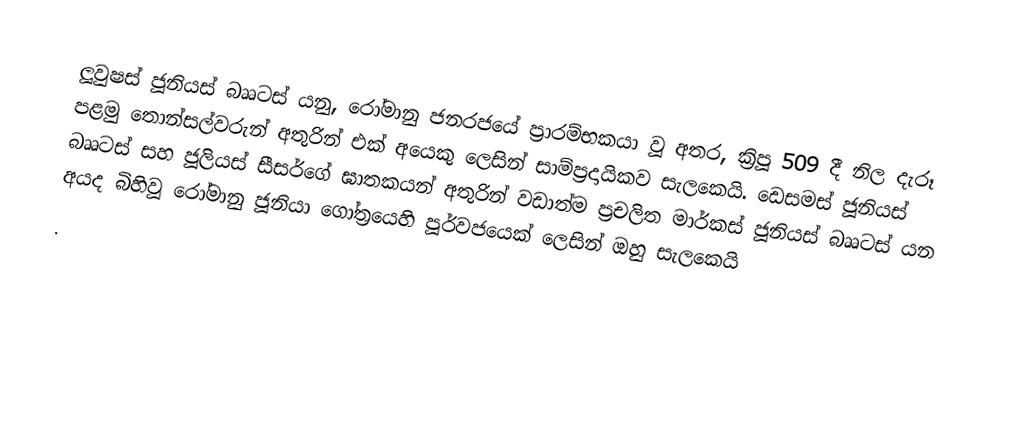
ලූවුෂස් ජූනියස් බෲටස් යනු,   රෝමානු ජනරජයේ ප්‍රාරම්භකයා වූ අතර, ක්‍රිපූ 509 දී නිල දැරූ පළමු  තොන්සල්වරුන් අතුරින් එක් අයෙකු ලෙසින් සාම්ප්‍රදායිකව සැලකෙයි. ඩෙසමස් ජූනියස් බෲටස් සහ  ජූලියස් සීසර්ගේ ඝාතකයන් අතුරින් වඩාත්ම ප්‍රචලිත මාර්කස් ජූනියස් බෲටස් යන අයද බිහිවූ රෝමානු ජූනියා ගෝත්‍රයෙහි පූර්වජයෙක් ලෙසින් ඔහු සැලකෙයි
.